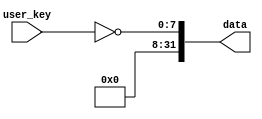
`timescale 1ns / 1ps

module UserKeyDriver(//implements ROM
    input [7:0] user_key,
    output [31:0] data
    );

	assign data={24'b0,~user_key[7:0]};

endmodule